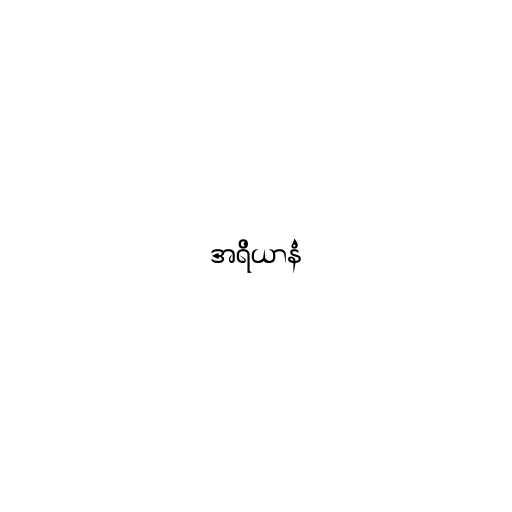
အရိယာနံ